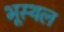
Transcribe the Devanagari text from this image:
भूस्थल